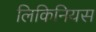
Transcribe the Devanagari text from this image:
लिकिनियस